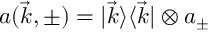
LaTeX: a ( \vec { k } , \pm ) = | \vec { k } \rangle \langle \vec { k } | \otimes a _ { \pm }